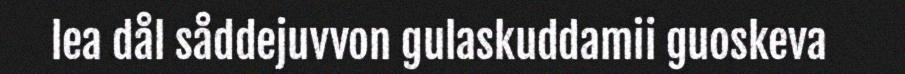
lea dål såddejuvvon gulaskuddamii guoskeva